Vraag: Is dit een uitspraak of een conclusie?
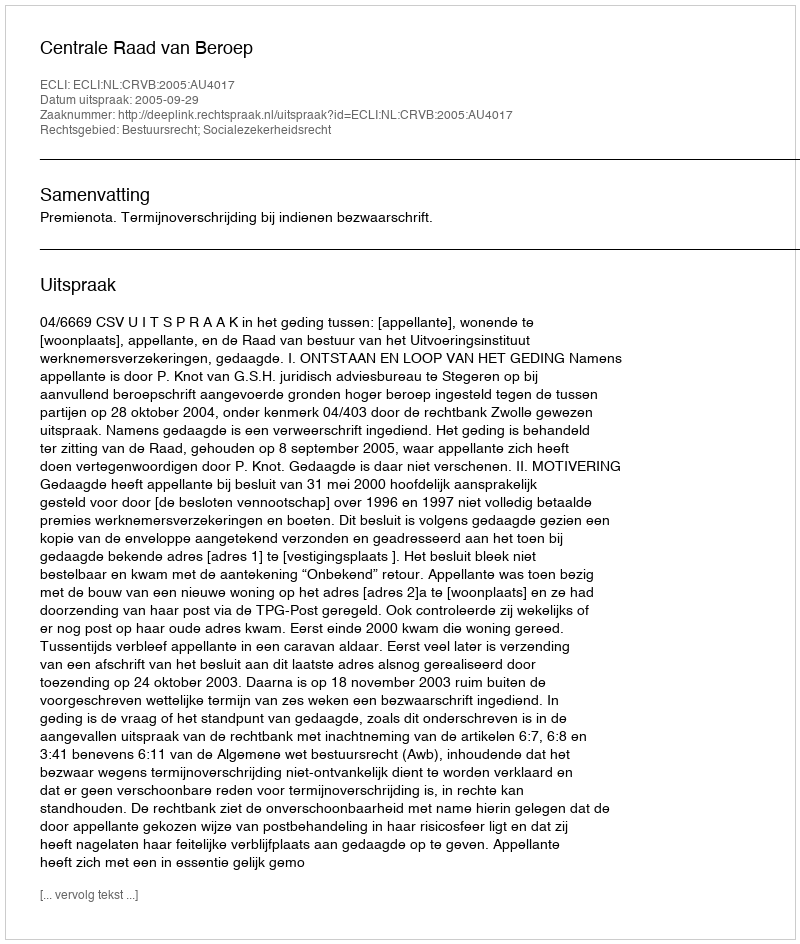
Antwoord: Uitspraak